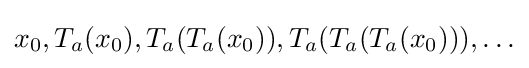
x_{0},T_{a}(x_{0}),T_{a}(T_{a}(x_{0})),T_{a}(T_{a}(T_{a}(x_{0}))),\ldots